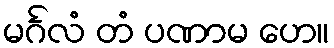
မင်္ဂလံ တံ ပဏာမ ဟေ။